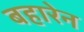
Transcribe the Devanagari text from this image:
बहारेन